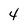
Character: 4